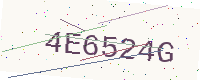
Text: 4E6524G